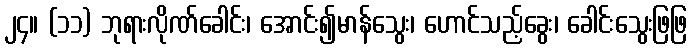
၂၄။ (၁၁) ဘုရားလိုဏ်ခေါင်း၊ အောင်း၍မာန်သွေး၊ ဟောင်သည့်ခွေး၊ ခေါင်းသွေးဖြဖြ